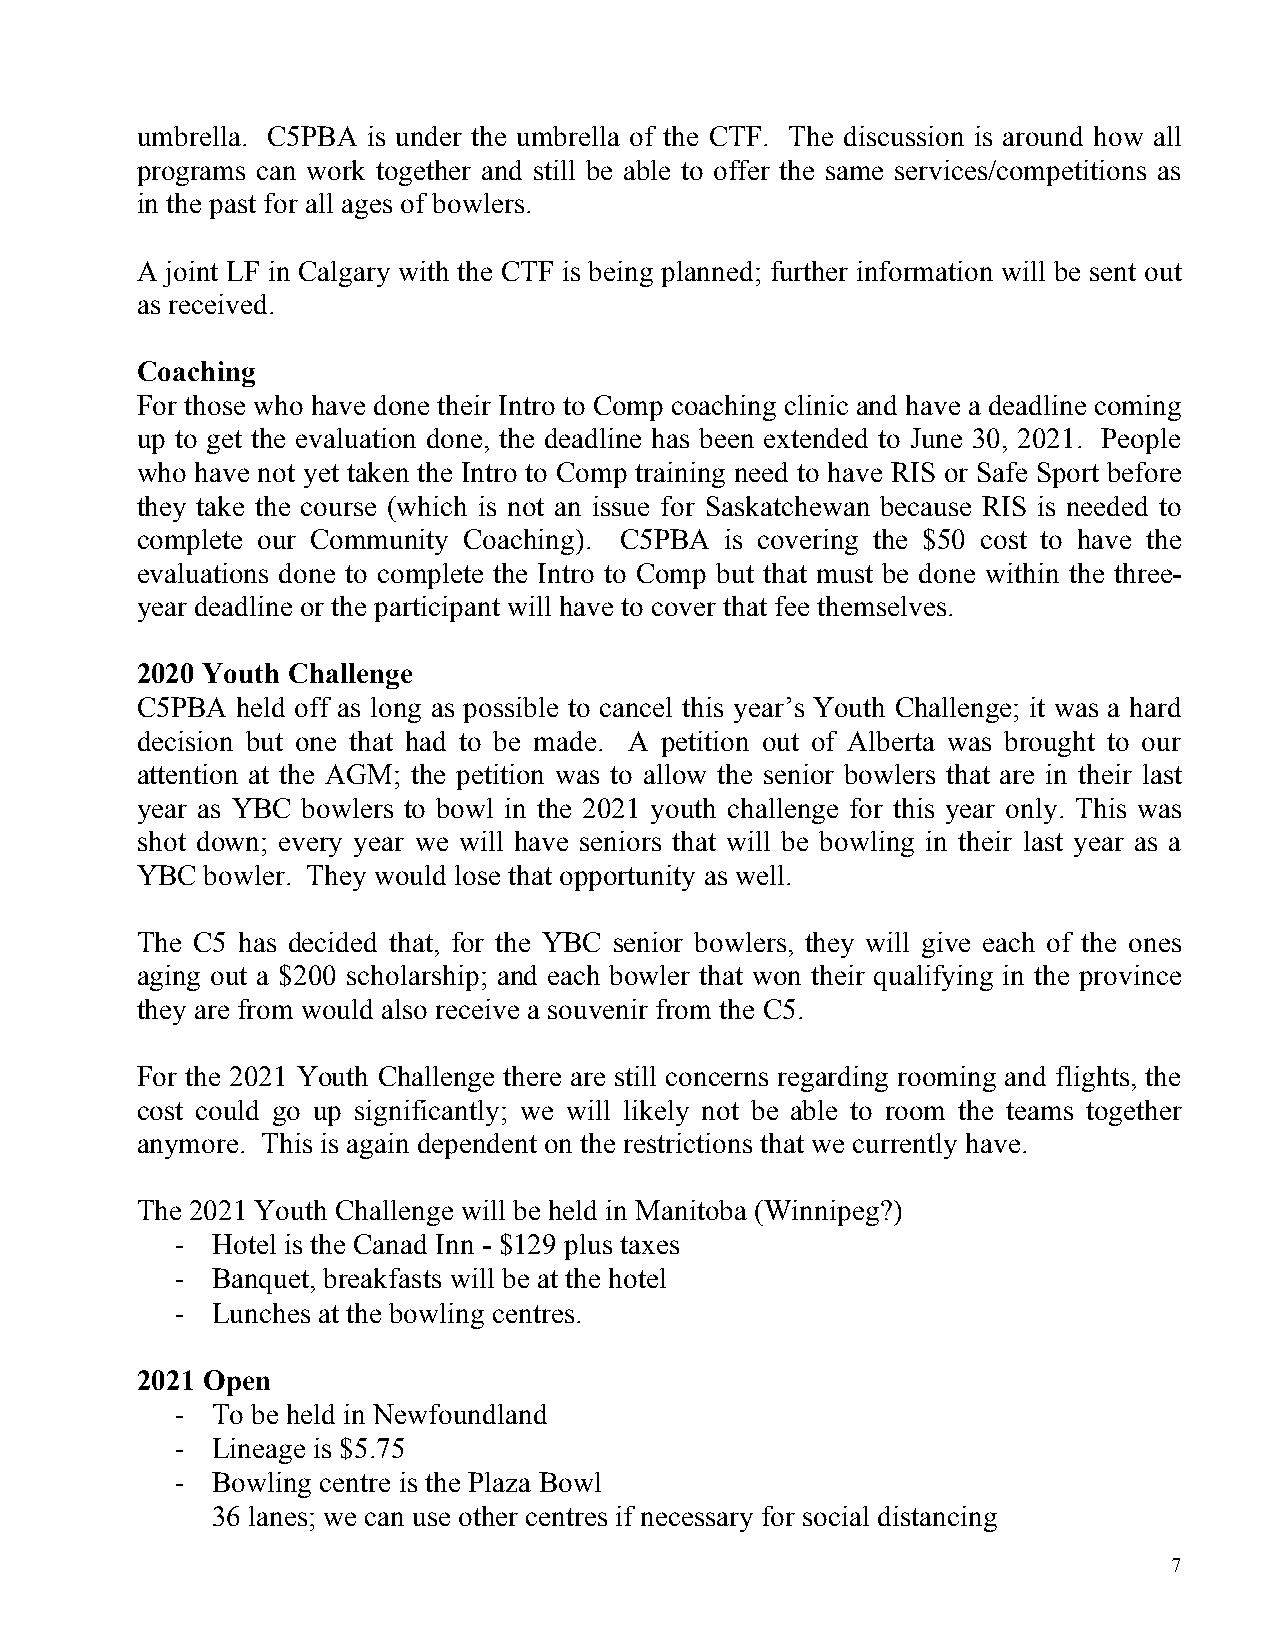
umbrella. C5PBA is under the umbrella of the CTF. The discussion is around how all
 programs can work together and still be able to offer the same services/competitions as
 in the past for all ages of bowlers.
 A joint LF in Calgary with the CTF is being planned; further information will be sent out
 as received.
 Coaching
 For those who have done their Intro to Comp coaching clinic and have a deadline coming
 up to get the evaluation done, the deadline has been extended to June 30, 2021. People
 who have not yet taken the Intro to Comp training need to have RIS or Safe Sport before
 they take the course (which is not an issue for Saskatchewan because RIS is needed to
 complete our Community Coaching). C5PBA is covering the $50 cost to have the
 evaluations done to complete the Intro to Comp but that must be done within the three-
 year deadline or the participant will have to cover that fee themselves.
 2020 Youth Challenge
 C5PBA  held off as long as possible to cancel this year’s Youth Challenge; it was a hard
 decision but one that had to be made. A petition out of Alberta was brought to our
 attention at the AGM; the petition was to allow the senior bowlers that are in their last
 year as YBC bowlers to bowl in the 2021 youth challenge for this year only. This was
 shot down; every year we will have seniors that will be bowling in their last year as a
 YBC  bowler. They would lose that opportunity as well.
 The C5 has decided that, for the YBC senior bowlers, they will give each of the ones
 aging out a $200 scholarship; and each bowler that won their qualifying in the province
 they are from would also receive a souvenir from the C5.
 For the 2021 Youth Challenge there are still concerns regarding rooming and flights, the
 cost could go up significantly; we will likely not be able to room the teams together
 anymore. This is again dependent on the restrictions that we currently have.
 The 2021 Youth Challenge will be held in Manitoba (Winnipeg?)
 - Hotel is the Canad Inn - $129 plus taxes
 - Banquet, breakfasts will be at the hotel
 - Lunches at the bowling centres.
 2021 Open
 - To be held in Newfoundland
 - Lineage is $5.75
 - Bowling centre is the Plaza Bowl
 36 lanes; we can use other centres if necessary for social distancing
 7